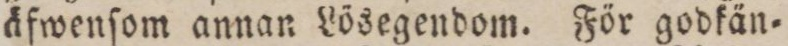
äfwenſom annan Lösegendom. För godkän=